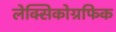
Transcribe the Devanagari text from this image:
लेक्सिकोग्रफिक